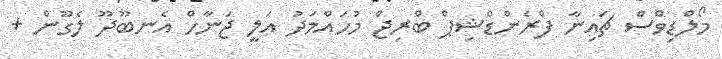
މޯލްޑިވްސް ޗައިނާ ފްރެންޑްޝިޕް ބްރިޖް މުހައްމަދު އަލީ ޖަނާހް އެނބޫދޫ ލެގޫން +